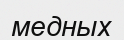
медных